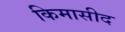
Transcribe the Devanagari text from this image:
किमासीद